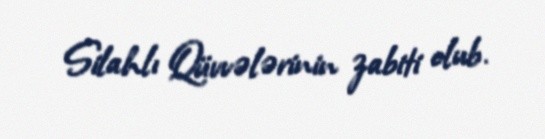
Silahlı Qüvvələrinin zabiti olub.